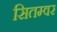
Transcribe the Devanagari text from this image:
सितम्वर